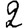
Digit: 2